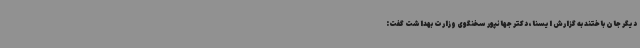
دیگر جان باختند به گزارش ایسنا، دکتر جهانپور سخنگوی وزارت بهداشت گفت: